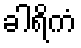
ခါရိကံ